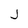
Character: j